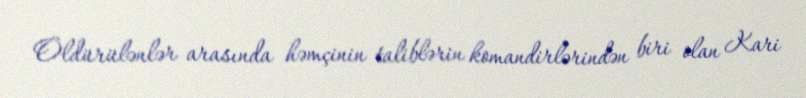
Öldürülənlər arasında həmçinin taliblərin komandirlərindən biri olan Kari